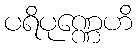
ပရိပုဏ္ဏေဟိ